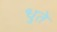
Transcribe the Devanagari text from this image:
धुते